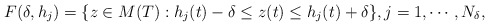
\begin{align*}F(\delta,h_j)=\{ z \in M(T): h_j(t)-\delta \le z(t)\le h_j(t) + \delta\}, j=1,\cdots,N_{\delta}, \end{align*}